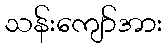
သန်းကျော်အား